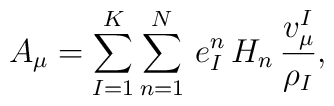
A_\mu=\sum_{I=1}^K \sum_{n=1}^N\,e_I^n\,H_n\,{v_\mu^I\over\rho_I},